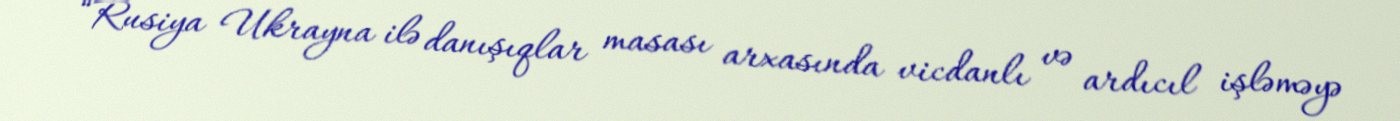
“Rusiya Ukrayna ilə danışıqlar masası arxasında vicdanlı və ardıcıl işləməyə